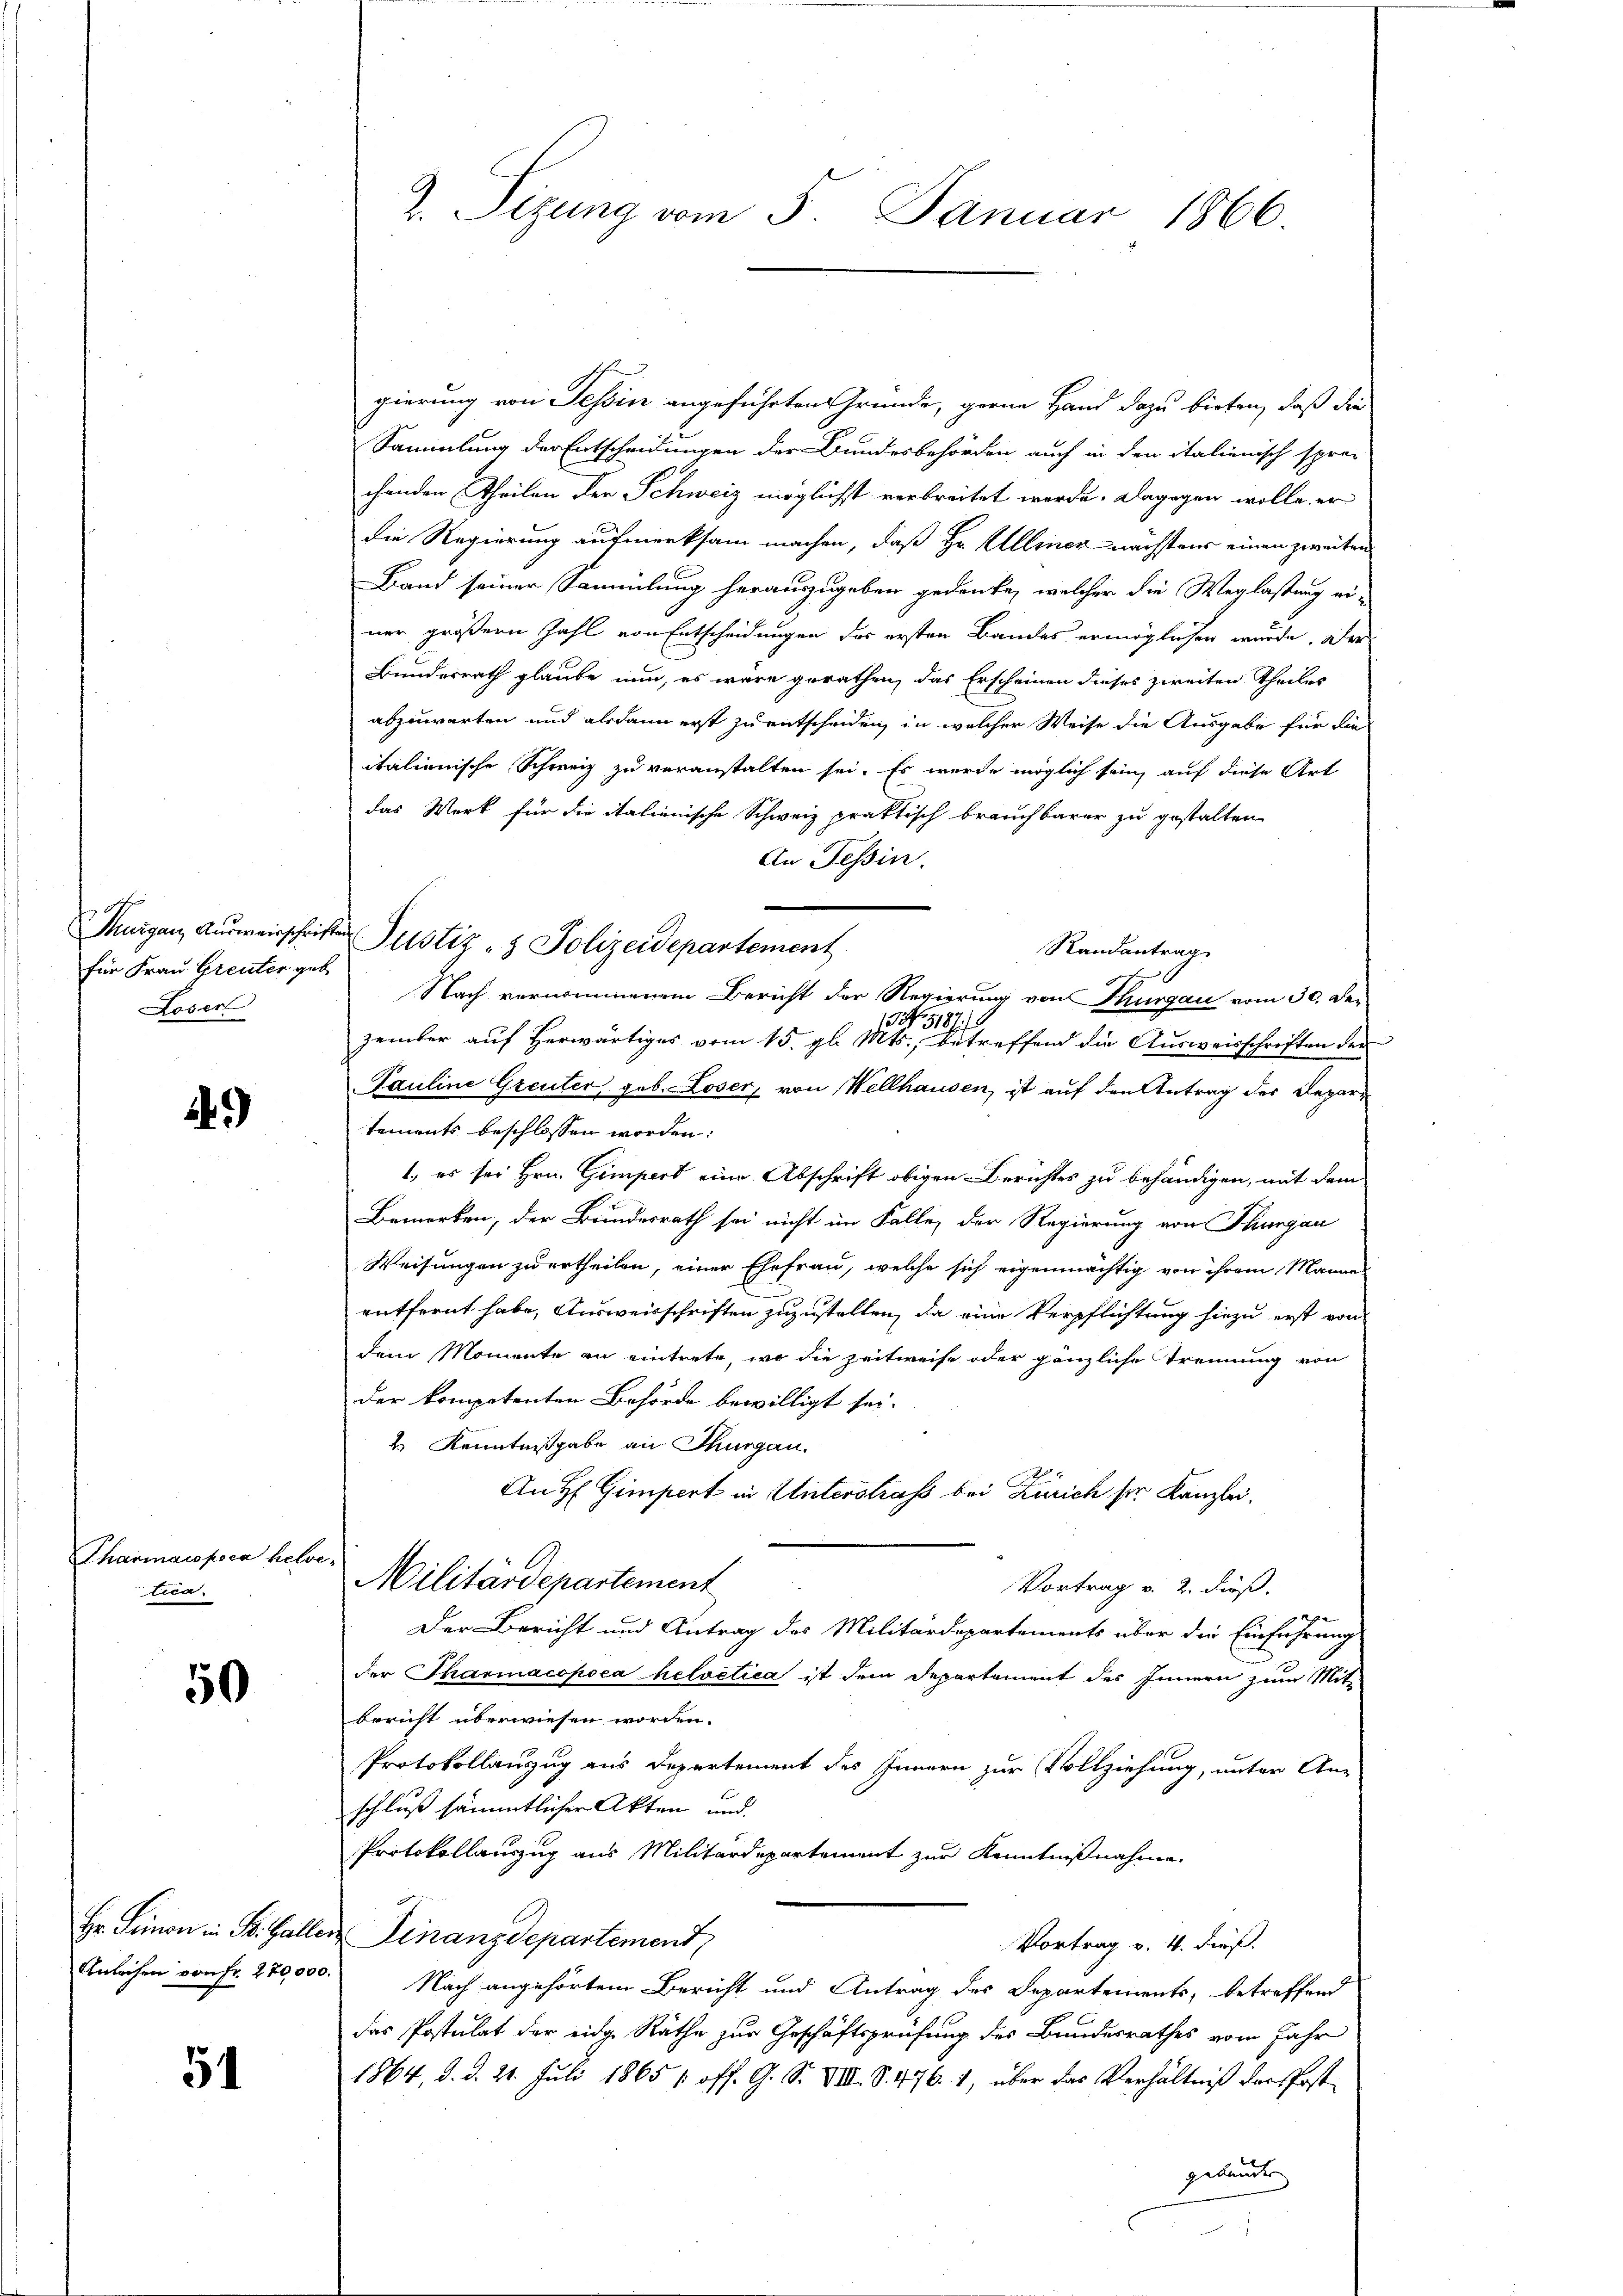
für Frau Greuter geb
Loser

49)

Pharmais poca hel
tica.

50

Hr. Seinen in St. Galle.
Anleihen von Fr. 270,000

54

Thurgau, Aŭsweisschriften Justiz- & Polizeidepartement

gierung von Tessin angeführten Gründe, gerne Hand dazu bieten, daß die
Sammlung der Entscheidungen der Bundesbehörden auch in den italienisch spre-
chenden Theilen der Schweiz möglichst verbreitet werde. Dagegen wolle, er
die Regierung aufmerksam machen, daß Hr. Allener nächstens einen zweiten
Band seiner Sammlung herauszugeben gedenke, welcher die Weglastung ei-
ner größern Zahl von Entscheidungen das ersten Bandes ermöglichen wurde, oder
Bundesrath glaube nun, es wäre gerathen, das Erscheinen dieses zweiten Theiles
abzuwarten und alsdann erst zu entscheiden, in welcher Weise die Ausgabe für die
italienische Schweiz zu veranstalten sei. Es wurde möglich sein, auf diese Art
das Werk für die italienische Schweiz praktisch brauchbarer zu gestalten
An Tessin.
Randantrag
 |
Nach vernommenem Bericht der Regierung von Thurgau vom 30. Den
NNo. 5187/8
zember auf herwärtiges vom 15. gl. Mts., betreffend die Ausweisschriften der
Pauline Greuter geb. Loser, von Wellhausen, ist auf den Antrag der Departements beschlossen worden:
1., es sei Hrn. Gimpert eine Abschrift obigen Berichtes zu behändigen, mit dem
Bemerken, der Bundesrath sei nicht im Falle, der Regierung von Thurgau
Weisungen zu ertheilen, einer Ehefrau, welche sich eigenmächtig von ihrem Manne
entfreut habe, Ausweisschriften zuzustellen, da eine Verpflichtung hiezu erst von
dem Momente an eintrete, wo die Zeitweise oder gänzliche Trennung von
der kompetenten Behörde bewilligt sei.
2. Kenntnißgabe an Thurgau.
An H Gimpert in Unterstrafs bei Zürich sie Kanzlei.
x
Militärdepartement
Vortrag v. 2. dieß.
Der Bericht und Antrag des Militärdepartements über die Einführung
der Tharmacopoea helvetica ist dem Departement des Innern zum Mit-
bericht überwiesen worden.
Protokollauszug aus Departement des Innern zur Vollziehung, unter An-
schluß sämmtlicher Akten und
Protokollauszug aus Militärdepartement zur Kenntnißnahme.
u Finanzdepartement
Vortrag v. 4. dieß.
 Nach angehörtem Bericht und Antrag des Departements, betreffend
das Postulat der eidge Räthe zur Geschäftsprüfung des Bundesrathes vom Jahr
1864, d. d. 21. Juli 1865 / off. G. S. VIII. S. 476. 1, über das Verhältniß der Post
gebunden

2. Sizung vom 5. Januar 1866